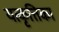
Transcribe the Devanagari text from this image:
यत्कृत्तिका